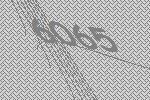
6065